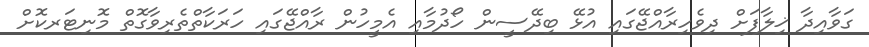
ގަވާއިދާ ޚިލާފަށް ދިވެހިރާއްޖޭގައި އުޅޭ ބިދޭސީން ހޯދުމާއި އެމީހުން ރާއްޖޭގައި ހަރަކާތްތެރިވާގޮތް މޮނިޓަރކޮށް